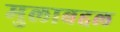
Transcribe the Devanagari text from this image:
मुलाबद्दल